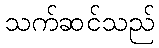
သက်ဆင်သည်